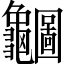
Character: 𪛇